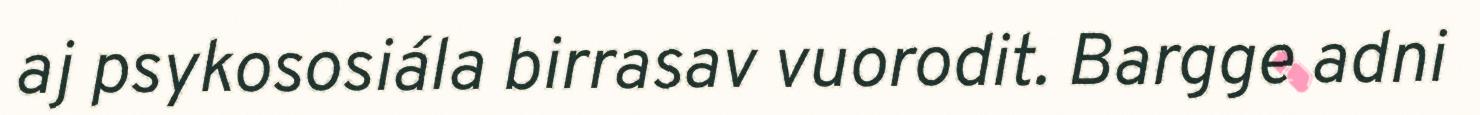
aj psykososiála birrasav vuorodit. Bargge adni